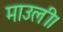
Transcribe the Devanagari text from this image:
माउली।